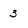
Character: 3